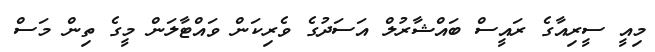
މިއީ ސީރިއާގެ ރައީސް ބައްޝާރުލް އަސަދުގެ ވެރިކަން ވައްޓާލަން މީގެ ތިން މަސް